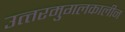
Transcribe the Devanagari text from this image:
उत्‍तरमुगलकालीन